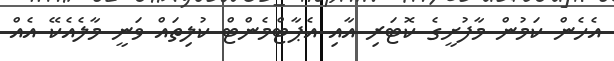
އެހެން ކަމުން މާފުށީގެ ކޮޓަރި އާއި އެޕާޓްމެންޓް ކުލިތައް ވަނީ މާލެއެކޭ އެއް